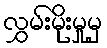
လွှမ်းမိုးမှုမှ